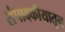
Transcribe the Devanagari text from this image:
संपादकीयातून